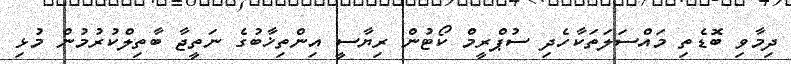
ދިމާވި ބޮޑެތި މައްސަލަތަކާހެދި ސުޕްރީމް ކޯޓުން ރިޔާސީ އިންތިޚާބުގެ ނަތީޖާ ބާތިލްކުރުމުން މުޅި